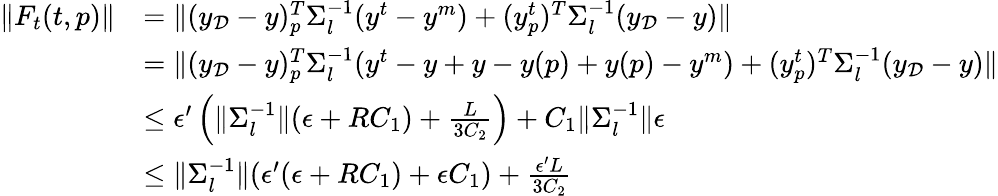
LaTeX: \begin{array}{rl}{\| F_{t}(t,p)\| }&{=\| (y_{\mathcal{D}}-y)_{p}^{T}\Sigma_{l}^{-1}(y^{t}-y^{m})+(y_{p}^{t})^{T}\Sigma_{l}^{-1}(y_{\mathcal{D}}-y)\| }\\ &{=\| (y_{\mathcal{D}}-y)_{p}^{T}\Sigma_{l}^{-1}(y^{t}-y+y-y(p)+y(p)-y^{m})+(y_{p}^{t})^{T}\Sigma_{l}^{-1}(y_{\mathcal{D}}-y)\| }\\ &{\le\epsilon^{\prime}\left(\| \Sigma_{l}^{-1}\| (\epsilon+RC_{1})+\frac{L}{3C_{2}}\right)+C_{1}\| \Sigma_{l}^{-1}\| \epsilon}\\ &{\le\| \Sigma_{l}^{-1}\| (\epsilon^{\prime}(\epsilon+RC_{1})+\epsilon C_{1})+\frac{\epsilon^{\prime}L}{3C_{2}}}\end{array}